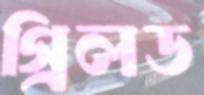
গ্রিলড